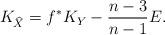
LaTeX: \begin{align*} K_{\widehat{X}}=f^*K_Y-\frac{n-3}{n-1}E.\end{align*}